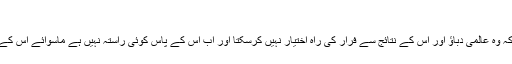
‘
انہوں نے کہا کہ ایران کو سمجھنا ہوگا کہ وہ عالمی دباؤ اور اس کے نتائج سے فرار کی راہ اختیار نہیں کرسکتا اور اب اس کے پاس کوئی راستہ نہیں ہے ماسوائے اس کے کہ وہ اپنا جوہری پروگرام ترک کرے۔